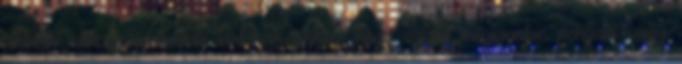
iskolák nélkülözhetetlennek tartanak ahhoz, hogy valaki megtanuljon pengetni vagy